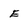
Character: E